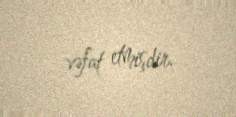
vəfat etmişdir.